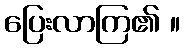
ပြေးလာကြ၏ ။